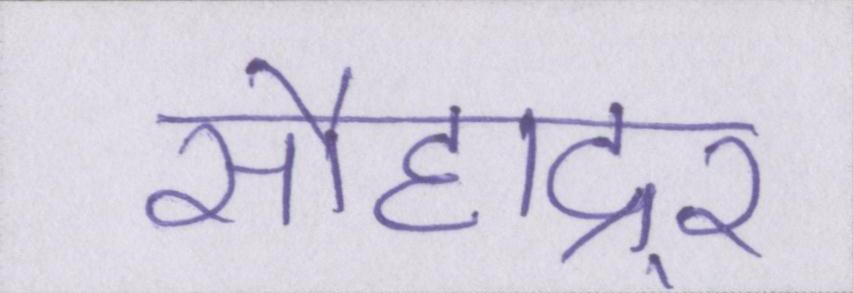
सौहाद्र्र